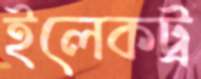
ইলেকট্র